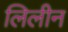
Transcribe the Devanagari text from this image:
लिलीन